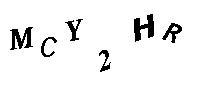
MCY2HR